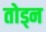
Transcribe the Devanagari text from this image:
तोड्न